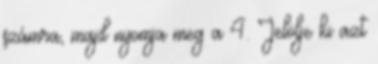
számra, majd nyomja meg a 4. Jelölje ki azt